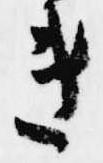
き